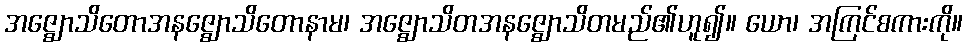
အဇ္ဈောသိတောအနဇ္ဈောသိတောနာမ၊ အဇ္ဈောသိတအနဇ္ဈောသိတမည်၏ဟူ၍။ ယော၊ အကြင်စကားကို။